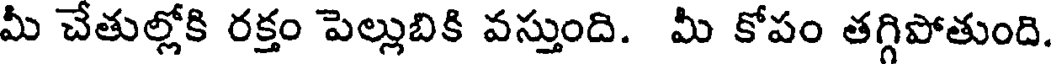
మీ చేతుల్లోకి రక్తం పెల్లుబికి వస్తుంది. మీ కోపం తగ్గిపోతుంది